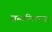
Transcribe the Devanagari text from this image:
खस्वस्तिकामधून